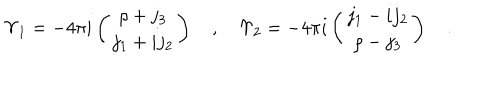
\Upsilon _ { 1 } = - 4 \pi i \left( \begin{matrix} { { \rho + j _ { 3 } } } \\ { { j _ { 1 } + i j _ { 2 } } } \\ \end{matrix} \right) \quad , \quad \Upsilon _ { 2 } = - 4 \pi i \left( \begin{matrix} { { j _ { 1 } - i j _ { 2 } } } \\ { { \rho - j _ { 3 } } } \\ \end{matrix} \right) \quad .